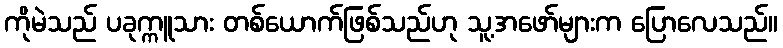
ကိုမဲသည် ပခုက္ကူသား တစ်ယောက်ဖြစ်သည်ဟု သူ့အဖော်များက ပြောလေသည်။